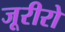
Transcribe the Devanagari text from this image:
जूरीरो